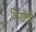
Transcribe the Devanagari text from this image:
शिरातंत्रों